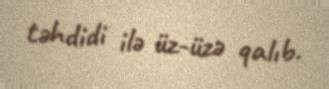
təhdidi ilə üz-üzə qalıb.